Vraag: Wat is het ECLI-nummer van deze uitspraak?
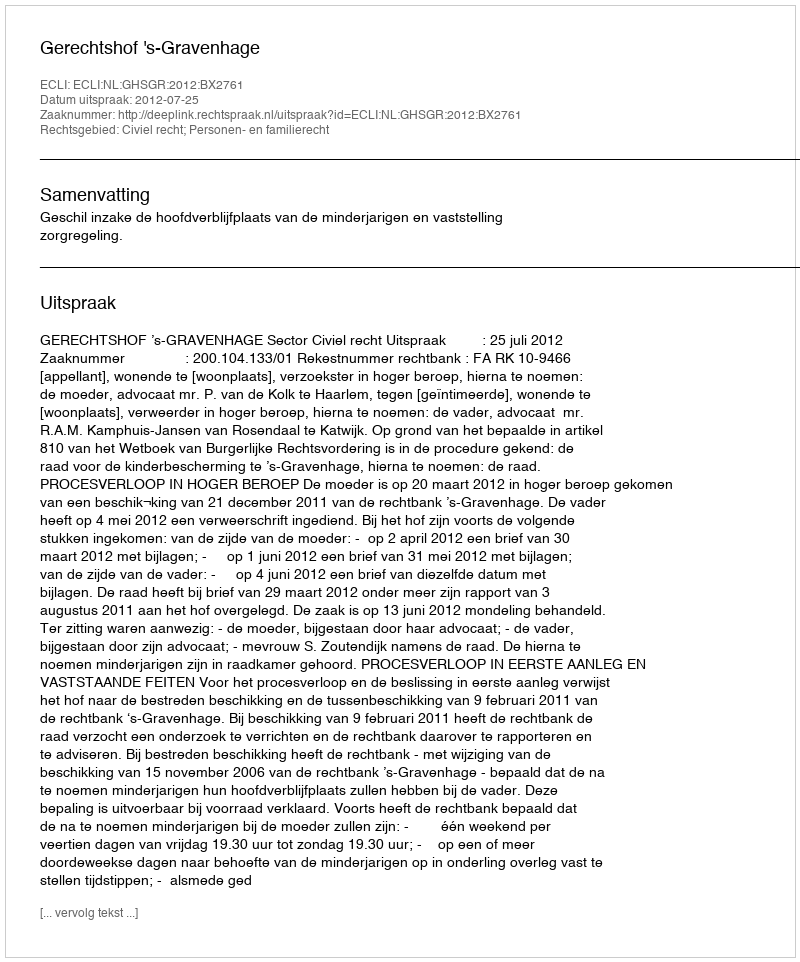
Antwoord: ECLI:NL:GHSGR:2012:BX2761